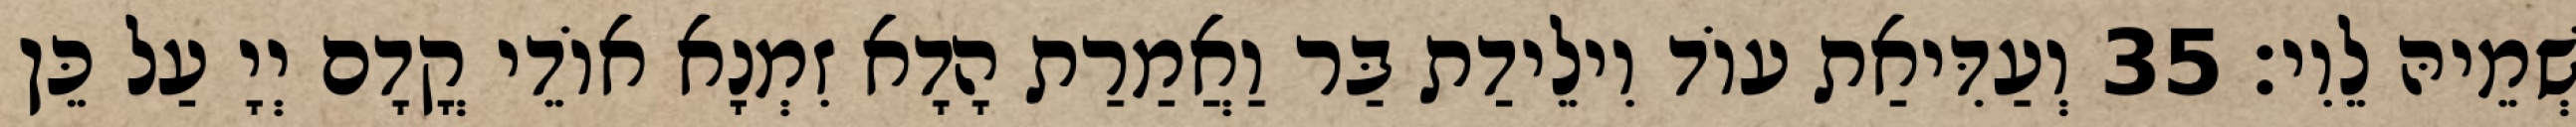
שְׁמֵיהּ לֵוִי׃ 35 וְעַדִּיאַת עוֹד וִילֵידַת בַּר וַאֲמַרַת הָדָא זִמְנָא אוֹדֵי קֳדָם יְיָ עַל כֵּן